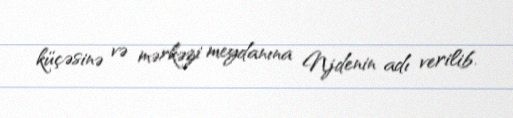
küçəsinə və mərkəzi meydanına Njdenin adı verilib.